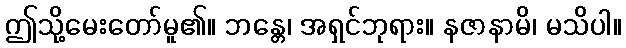
ဤသို့မေးတော်မူ၏။ ဘန္တေ၊ အရှင်ဘုရား။ နဇာနာမိ၊ မသိပါ။